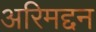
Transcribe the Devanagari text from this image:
अरिमद्दन